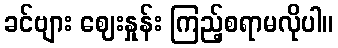
ခင်ဗျား ဈေးနှုန်း ကြည့်စရာမလိုပါ။